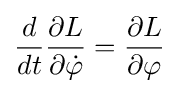
{\frac {d}{dt}}{\frac {\partial L}{\partial {\dot {\varphi }}}}={\frac {\partial L}{\partial \varphi }}